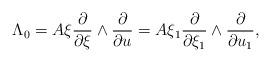
LaTeX: \begin{align*}\Lambda_0=A\xi\frac{\partial}{\partial \xi}\wedge \frac{\partial}{\partial u}=A\xi_1\frac{\partial}{\partial \xi_1}\wedge \frac{\partial}{\partial u_1},\end{align*}